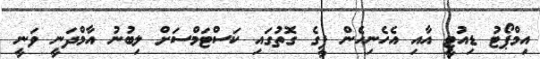
އިމްޕޯޓު ޑިއުޓީ އާއި އެހެނިހެން ފީގެ ގޮތުގައި ކަސްޓަމްސަށް ލިބުނު އާމްދަނީ ވަނީ